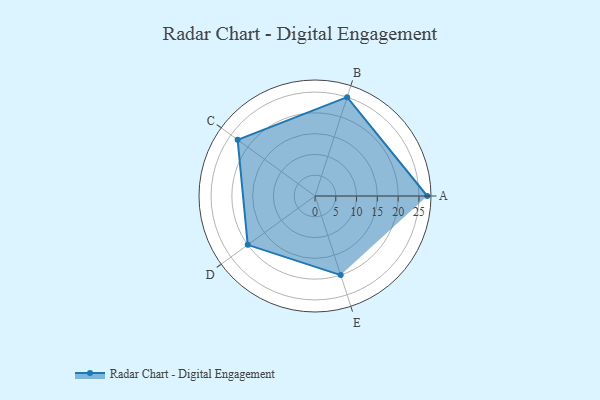
{"axis": {"x": "Skill", "y": "Score"}, "legend": ["Profile"], "data": [{"x": "A", "y": 27.0, "type": "Profile"}, {"x": "B", "y": 25.0, "type": "Profile"}, {"x": "C", "y": 23.0, "type": "Profile"}, {"x": "D", "y": 20, "type": "Profile"}, {"x": "E", "y": 20, "type": "Profile"}]}